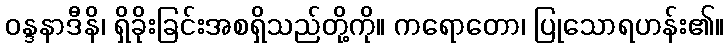
ဝန္ဒနာဒီနိ၊ ရှိခိုးခြင်းအစရှိသည်တို့ကို။ ကရောတော၊ ပြုသောရဟန်း၏။